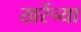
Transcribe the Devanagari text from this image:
खरेंच्या